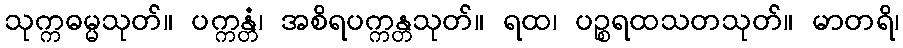
သုက္ကဓမ္မသုတ်။ ပက္ကန္တံ၊ အစိရပက္ကန္တသုတ်။ ရထ၊ ပဉ္စရထသတသုတ်။ မာတရိ၊